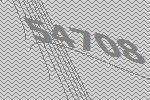
54708